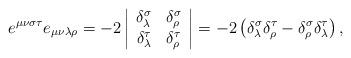
LaTeX: \begin{align*}e^{\mu\nu\sigma\tau}e_{\mu\nu\lambda\rho}=-2\left\vert\begin{array}[c]{cc}\delta_{\lambda}^{\sigma} & \delta_{\rho}^{\sigma}\\\delta_{\lambda}^{\tau} & \delta_{\rho}^{\tau}\end{array}\right\vert =-2\left( \delta_{\lambda}^{\sigma}\delta_{\rho}^{\tau}-\delta_{\rho}^{\sigma}\delta_{\lambda}^{\tau}\right) , \end{align*}